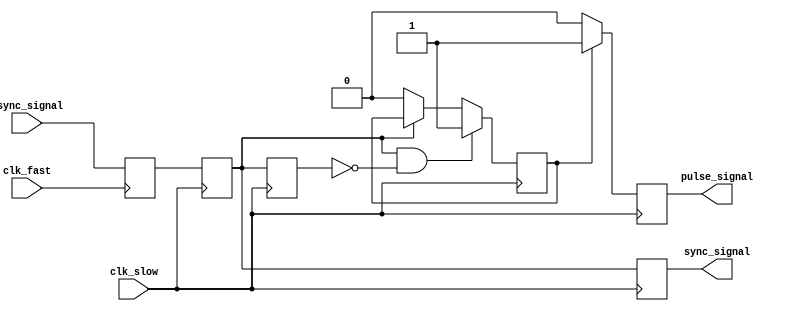
module pulsed_synchronizer (
    input wire clk_fast,           // Clock from the fast domain
    input wire clk_slow,           // Clock from the slow domain
    input wire async_signal,       // Input signal to be synchronized
    output reg sync_signal,        // Synchronized signal output
    output reg pulse_signal         // Pulsed output signal
);

    // Internal signals for the two-stage flip-flop
    reg async_reg1;                // First stage register
    reg async_reg2;                // Second stage register

    // Pulse generation parameters
    reg pulse_gen;                 // Pulse generation signal
    reg pulse_last;                // Last state of pulse signal

    // First stage: Capture async signal on clk_fast
    always @(posedge clk_fast) begin
        async_reg1 <= async_signal;
    end

    // Second stage: Capture the first stage signal on clk_slow
    always @(posedge clk_slow) begin
        async_reg2 <= async_reg1;
        sync_signal <= async_reg2;

        // Pulse generation logic
        if (async_reg2 && !pulse_last) begin
            pulse_gen <= 1'b1; // Start pulse on rising edge of sync_signal
        end else if (!async_reg2) begin
            pulse_gen <= 1'b0; // End pulse on falling edge of sync_signal
        end
        
        // Update the pulse_last signal
        pulse_last <= async_reg2;
    end

    // Generate a pulse signal with a defined width
    always @(posedge clk_slow) begin
        if (pulse_gen) begin
            pulse_signal <= 1'b1; // Assert pulse signal
        end else begin
            pulse_signal <= 1'b0; // Deassert pulse signal
        end
    end

endmodule